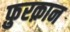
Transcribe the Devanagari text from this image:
फ़ुरक़ान